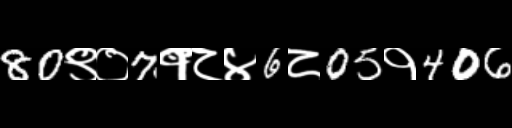
Text: 80९०7१८४6८05१406